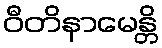
ဝီတိနာမေန္တိ